Suure-Kopu_vallavalitsus, lk 24
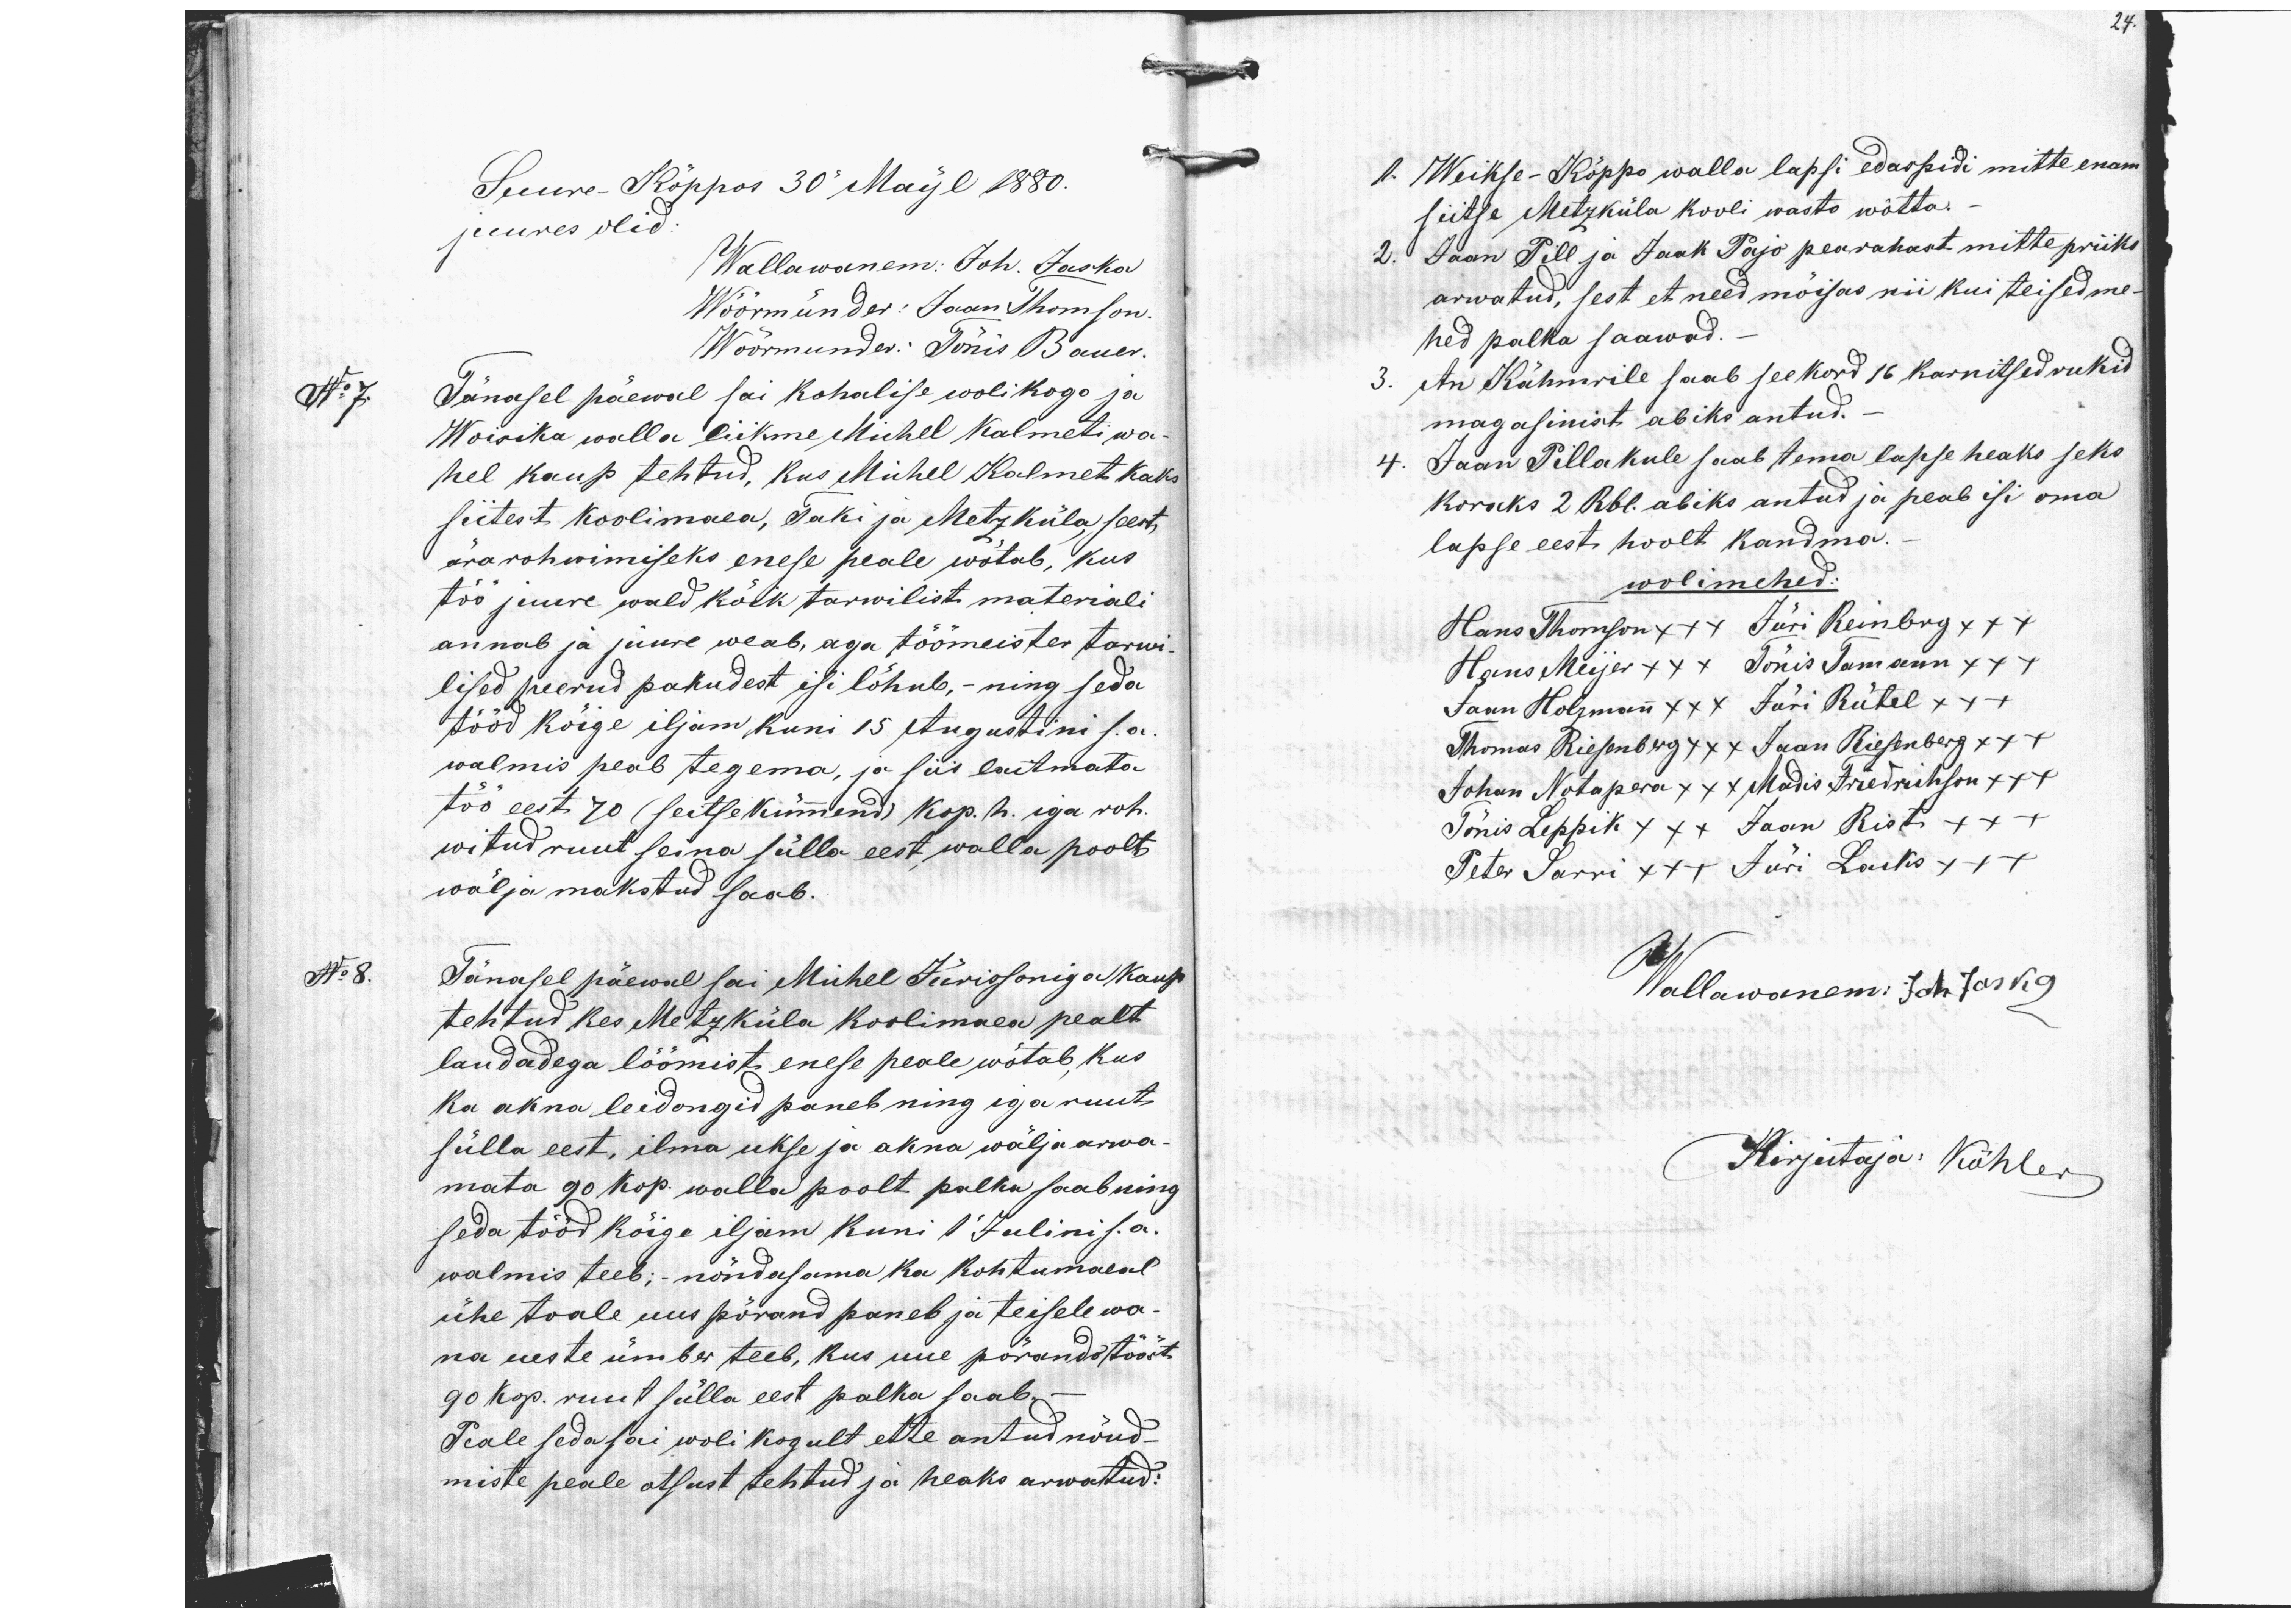
24.
Suure-Kõppos 30" Maijl 1880.
juures olid.
Wallawanem: Joh. Jaska
Wöörmünder: Jaan Thomson
Wöörmünder: Tõnis Bauer.
No 7. Jänasel päewal sai kohalise wolikogo ja
Wõisika walla liikme Michel Kalmeti wa
hel kaup tehtud, kus Michel Kalmet kaks
siitest koolimaea, Taki ja Metzküla seest,
ärarohwimiseks enese peale wõtab, kus
töö juure wald kõik tarwilist materiali
annab ja juure weab, aga töömeister tarwi-
lised peerud pakudest isi lõhub, - ning seda
tööd kõige iljam kuni 15 Augustini s.a.
walmis peab tegema, ja siis laitmata
töö eest 70 (seitsekümnend) kop. h. iga roh-
witud ruut seina sülla eest walla poolt
wälja makstud saab.
No 8. Tänasel päewal sai Michel Jürissoniga kaup
tehtud kes Metsküla koolimaea pealt
laudadega löömist enese peale wõtab, kus
ka akna leidongid paneb ning iga ruut
sülla eest, ilma ukse ja akna wälja arwa-
mata 90 kop. walla poolt palka saab ning
seda tööd kõige iljam kuni 1 Julini s. a.
walmis teeb; - nõndasama ka kohtumaeal
ühe toale uus põrand paneb ja teisele wa-
na ueste ümber teeb, kus uue põrandatööst
90 kop. ruut sülla eest palka saab.
Peale seda sai wolikogult ette antud nõud-
miste peale otsust tehtud ja heaks arwatud:
1. Weikse-Kõppo walla lapsi edaspidi mitte enam
siitse Metzküla kooli wasto wõtta.
2. Jaan Pill ja Jaak Pajo pearahast mitte priiks
arwatud, sest et need mõisas nii kui teised me-
hed palka saawad.
3. An Kähmirile saab seekord 16 karnitsed rukid
magasinist abiks antud.
4. Jaan Pillakule saab tema lapse heaks seks
koraks 2 Rbl. abiks antud ja peab isi oma
lapse eesti hoolt kandma.
wolimehed:
Hans Thomson x++ Jüri Reinberg x++
Hans Meijer +xx Tõnis Tomann x++
Jaan Holzmann xxx Jüri Rütel x++
Thomas Riesenberg xxx Jaan Riesenberg x++
Johan Notapera xxx Madis Friedrihson +++
Tõnis Leppik +++ Jaan Risti +++
Peter Sarri x++ Jüri Lacks x++
Wallawanem: Joh Jaska
Kirjutaja: Köhler